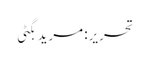
تحریر: مرید بگٹی